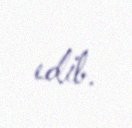
edib.